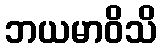
ဘယမာဝိသိ